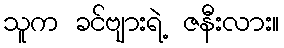
သူက ခင်ဗျားရဲ့ ဇနီးလား။